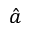
\hat { a }